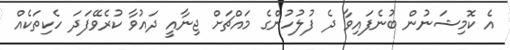
އެ ކޮމިޝަނުން ބުނެފައިވާ ދެ ފުލުހުންގެ މައްޗަށް ޖިނާއީ ދައުވާ ކުރެވޭފަދަ ހެކިތަކެއް